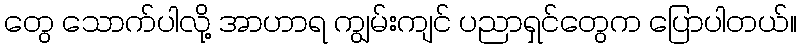
တွေ သောက်ပါလို့ အာဟာရ ကျွမ်းကျင် ပညာရှင်တွေက ပြောပါတယ်။